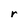
Character: r